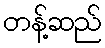
တန့်ဆည်